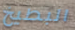
البطيخ